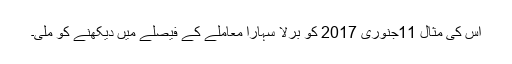
اس کی مثال 11جنوری 2017 کو بِرلا سہارا معاملے کے فیصلے میں دیکھنے کو ملی۔